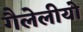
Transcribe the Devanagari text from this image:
गैलेलीयो